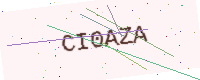
Text: CI0AZA